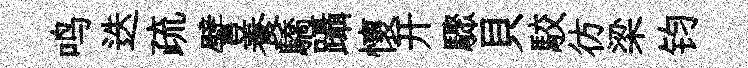
鸣迭疏譬養驕躡懷开驟貝駮彷梁钧